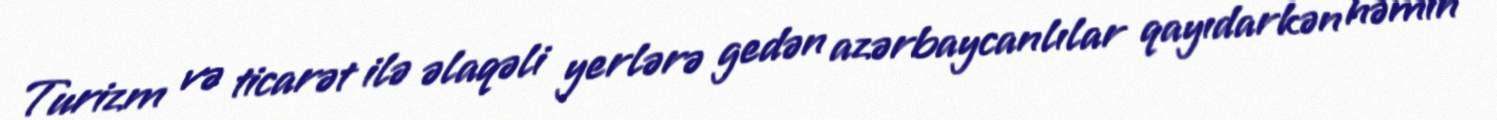
Turizm və ticarət ilə əlaqəli yerlərə gedən azərbaycanlılar qayıdarkən həmin